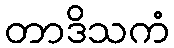
တာဒိသကံ